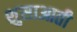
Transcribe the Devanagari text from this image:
शुसाआती